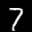
Label: 7